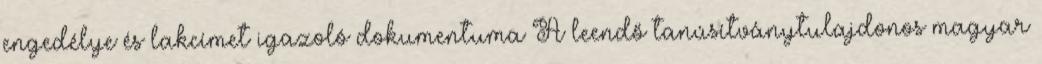
engedélye és lakcímet igazoló dokumentuma A leendő tanúsítványtulajdonos magyar